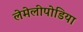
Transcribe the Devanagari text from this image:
लेमेलीपोडिया